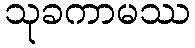
သုခကာမဿ